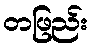
တဖြည်း